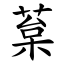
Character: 葈